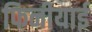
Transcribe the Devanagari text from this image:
फिनीयाई